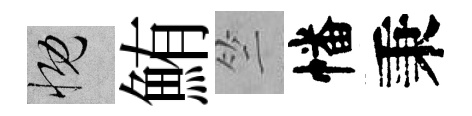
慨鮪竺幡秉